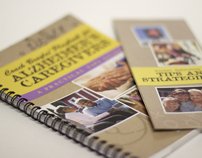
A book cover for By Frank Broyles Coach Broyles' Playbook for Alzheimer's Caregivers (Bonus Tips & Strategies); Health, Fitness & Dieting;